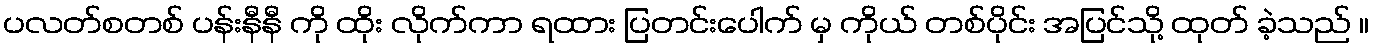
ပလတ်စတစ် ပန်းနီနီ ကို ထိုး လိုက်ကာ ရထား ပြတင်းပေါက် မှ ကိုယ် တစ်ပိုင်း အပြင်သို့ ထုတ် ခဲ့သည် ။